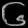
Digit: ၆